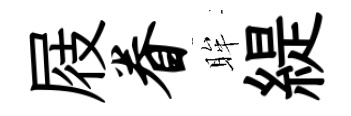
屐眷眸緹